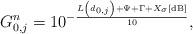
LaTeX: \begin{align*}{G_{0,j}^n} = {10^{ - \frac{{{{L\left(d_{0,j}\right) + \Psi + \Gamma + {X_{\sigma}}}}\left[ {{\rm{dB}}} \right]}}{{10}}}},\end{align*}